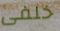
خلفى